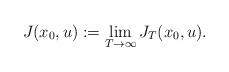
LaTeX: \begin{align*}J(x_0, u) := \lim_{T \rightarrow \infty} J_T(x_0, u).\end{align*}